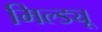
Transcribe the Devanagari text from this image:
मिल्ड्यू